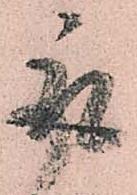
取